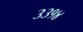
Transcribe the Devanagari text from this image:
३३१४